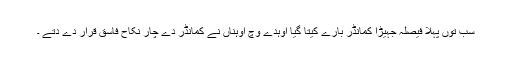
سب توں پہلا فیصلہ جہیڑا کمانڈر بارے کیتا گیا اوہدے وچ اوہناں نے کمانڈر دے چار نکاح فاسق قرار دے دتے ۔